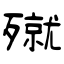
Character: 殧